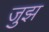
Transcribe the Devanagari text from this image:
जुझ